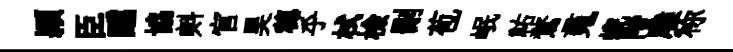
頴臣醺協㪺官昊穂乎栻檢删苞岷祐鶩䰟蜺階雕称